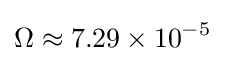
\Omega \approx 7.29\times 10^{-5}